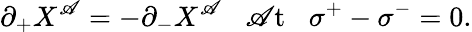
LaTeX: \partial_{+}X^{\mathscr{A}}=-\partial_{-}X^{\mathscr{A}}\; \; \; \mathrm{{\mathscr{A}t}}\; \; \; \sigma^{+}-\sigma^{-}=0.